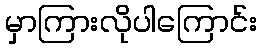
မှာကြားလိုပါကြောင်း